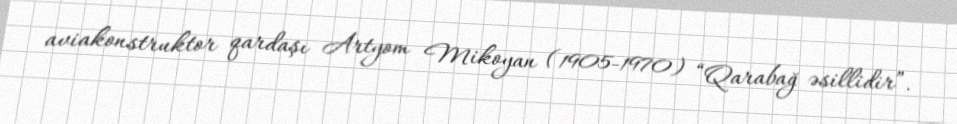
aviakonstruktor qardaşı Artyom Mikoyan (1905-1970) “Qarabağ əsillidir”.